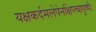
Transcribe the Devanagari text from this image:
यक्षकर्दमलेपेनक्षिप्त्वापुष्पैः